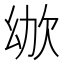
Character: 𣢜